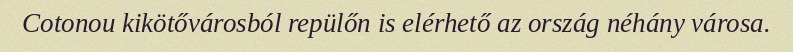
Cotonou kikötővárosból repülőn is elérhető az ország néhány városa.